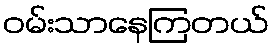
ဝမ်းသာနေကြတယ်